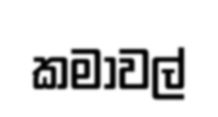
කමාවල්